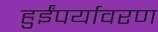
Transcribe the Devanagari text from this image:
हुईंपर्यावरण